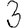
Digit: 3